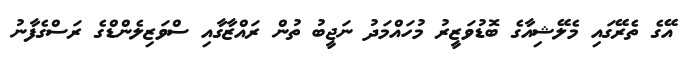
އޭގެ ތެރޭގައި މެލޭޝިއާގެ ބޮޑުވަޒީރު މުހައްމަދު ނަޖީބު ތުން ރައްޒާގާއި ސްވަޒިލެންޑްގެ ރަސްގެފާނު